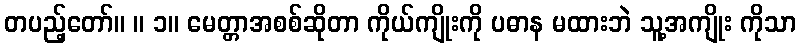
တပည့်တော်။ ။ ၁။ မေတ္တာအစစ်ဆိုတာ ကိုယ်ကျိုးကို ပဓာန မထားဘဲ သူ့အကျိုး ကိုသာ